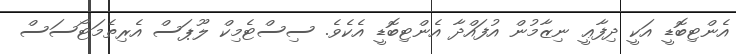
އެންޓިބޮޑީ އަކީ ދިފާޢީ ނިޒާމުން އުފައްދާ އެންޓިބޮޑީ އެކެވެ. ސިސްޓެމިކް ލޫޕަސް އެރިތެމަޓޯސަސް